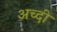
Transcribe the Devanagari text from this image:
अच्दी